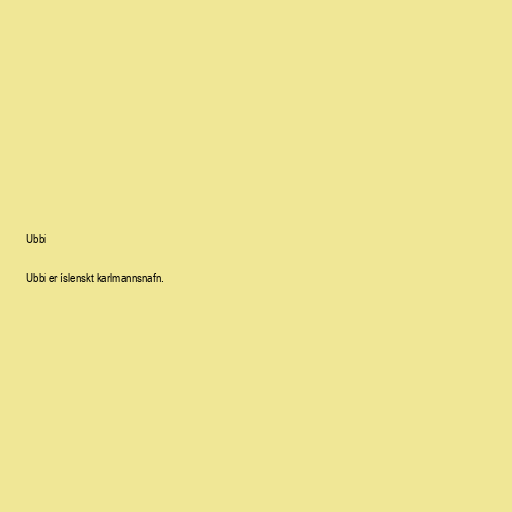
Ubbi

Ubbi er íslenskt karlmannsnafn.